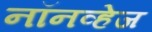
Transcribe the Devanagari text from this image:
नॉनव्हेज